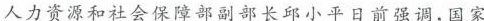
人力资源和社会保障部副部长邱小平日前强调，国家